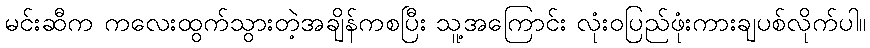
မင်းဆီက ကလေးထွက်သွားတဲ့အချိန်ကစပြီး သူ့အကြောင်း လုံးဝပြည်ဖုံးကားချပစ်လိုက်ပါ။